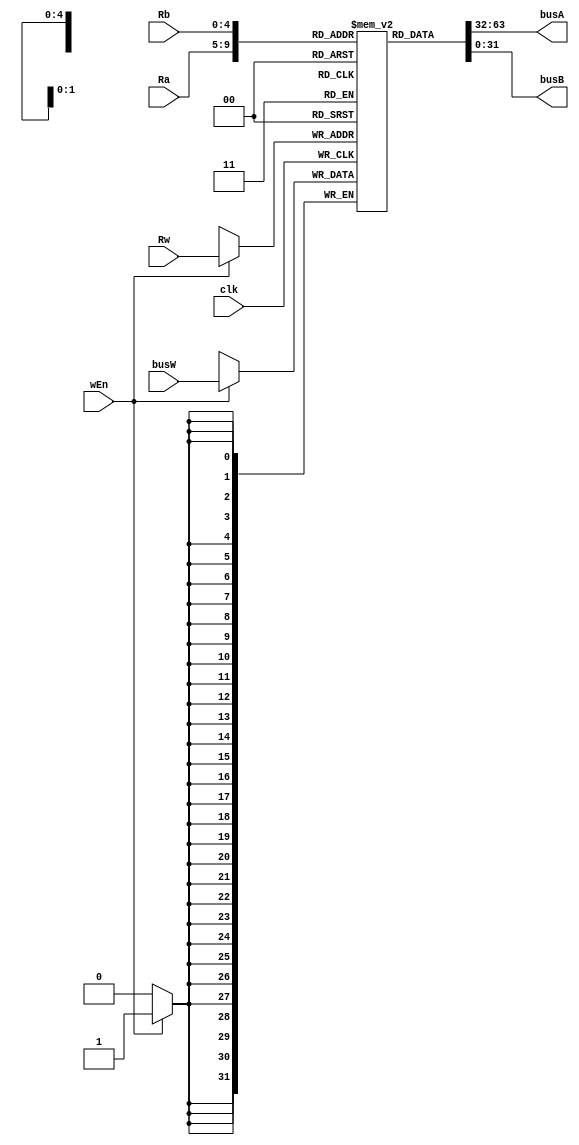
`timescale  1ns / 1ps

module regFile_112(clk, wEn, Ra, Rb, Rw, busA, busB, busW);

input clk, wEn;
input[4:0] Ra, Rb, Rw;
input[31:0] busW;
output[31:0] busA, busB;

reg[31:0] R[0:31];

assign busA = R[Ra];
assign busB = R[Rb];

integer i;

initial
begin
    for (i = 0; i < 32; i++)
    begin
        R[i] = 0;
    end
end

always @(posedge clk)
begin
    if (wEn) R[Rw] = busW;

    $display("-------------------------");
    for (i = 0; i < 32; i++)
    begin
        $display("R[%d] = %d", i, R[i]);
    end
end

endmodule